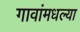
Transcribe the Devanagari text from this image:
गावांमधल्या